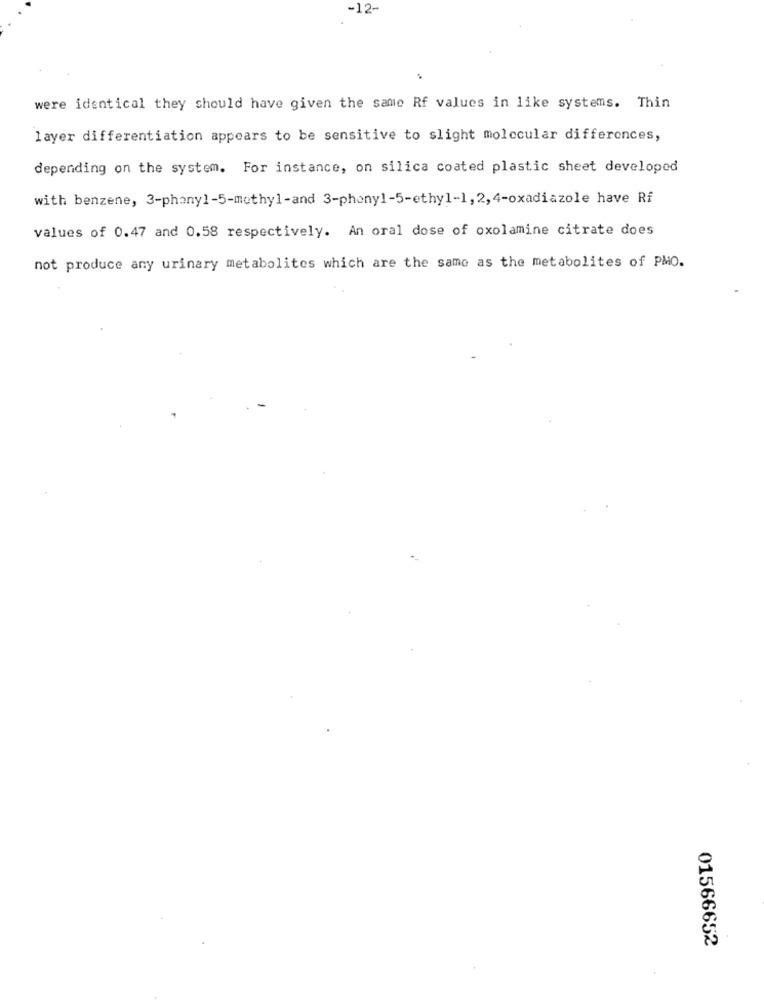
-12-
were identical they should have given the same Rf values in like systems. Thin
layer differentiation appears to be sensitive to slight molecular differences,
depending on the system. For instance, on silica coated plastic sheet developed
with benzene, 3-phany1-5-methyl-and 3-phony1-5-ethyl-1,2, 4-oxadiazole have Rf
values of 0.47 and 0.58 respectively. An oral dose of oxolamine citrate does
not produce any urinary metabolites which are the same as the metabolites of PMO.
01566652